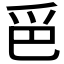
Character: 𱬷